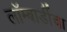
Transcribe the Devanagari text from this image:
लॉम्बार्डीचा